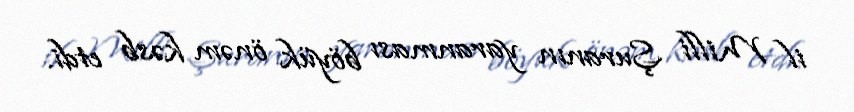
il Milli Şuranın yaranması böyük önəm kəsb etdi.